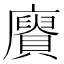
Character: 𮚥